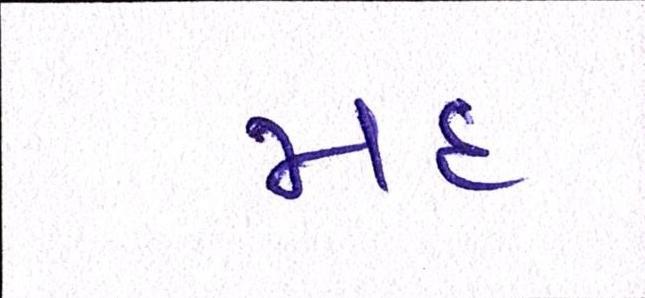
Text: મદ